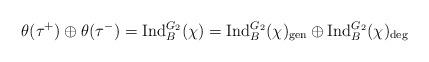
LaTeX: \begin{align*} \theta(\tau^+) \oplus \theta(\tau^-) = {\rm Ind}_B^{G_2}(\chi)= {\rm Ind}_B^{G_2}(\chi)_{\rm gen} \oplus {\rm Ind}_B^{G_2}(\chi)_{\rm deg} \end{align*}